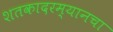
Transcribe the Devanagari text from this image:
शतकादरम्यानचा